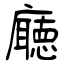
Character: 廰